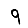
Digit: 9